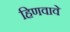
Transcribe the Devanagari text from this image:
हिणवावे